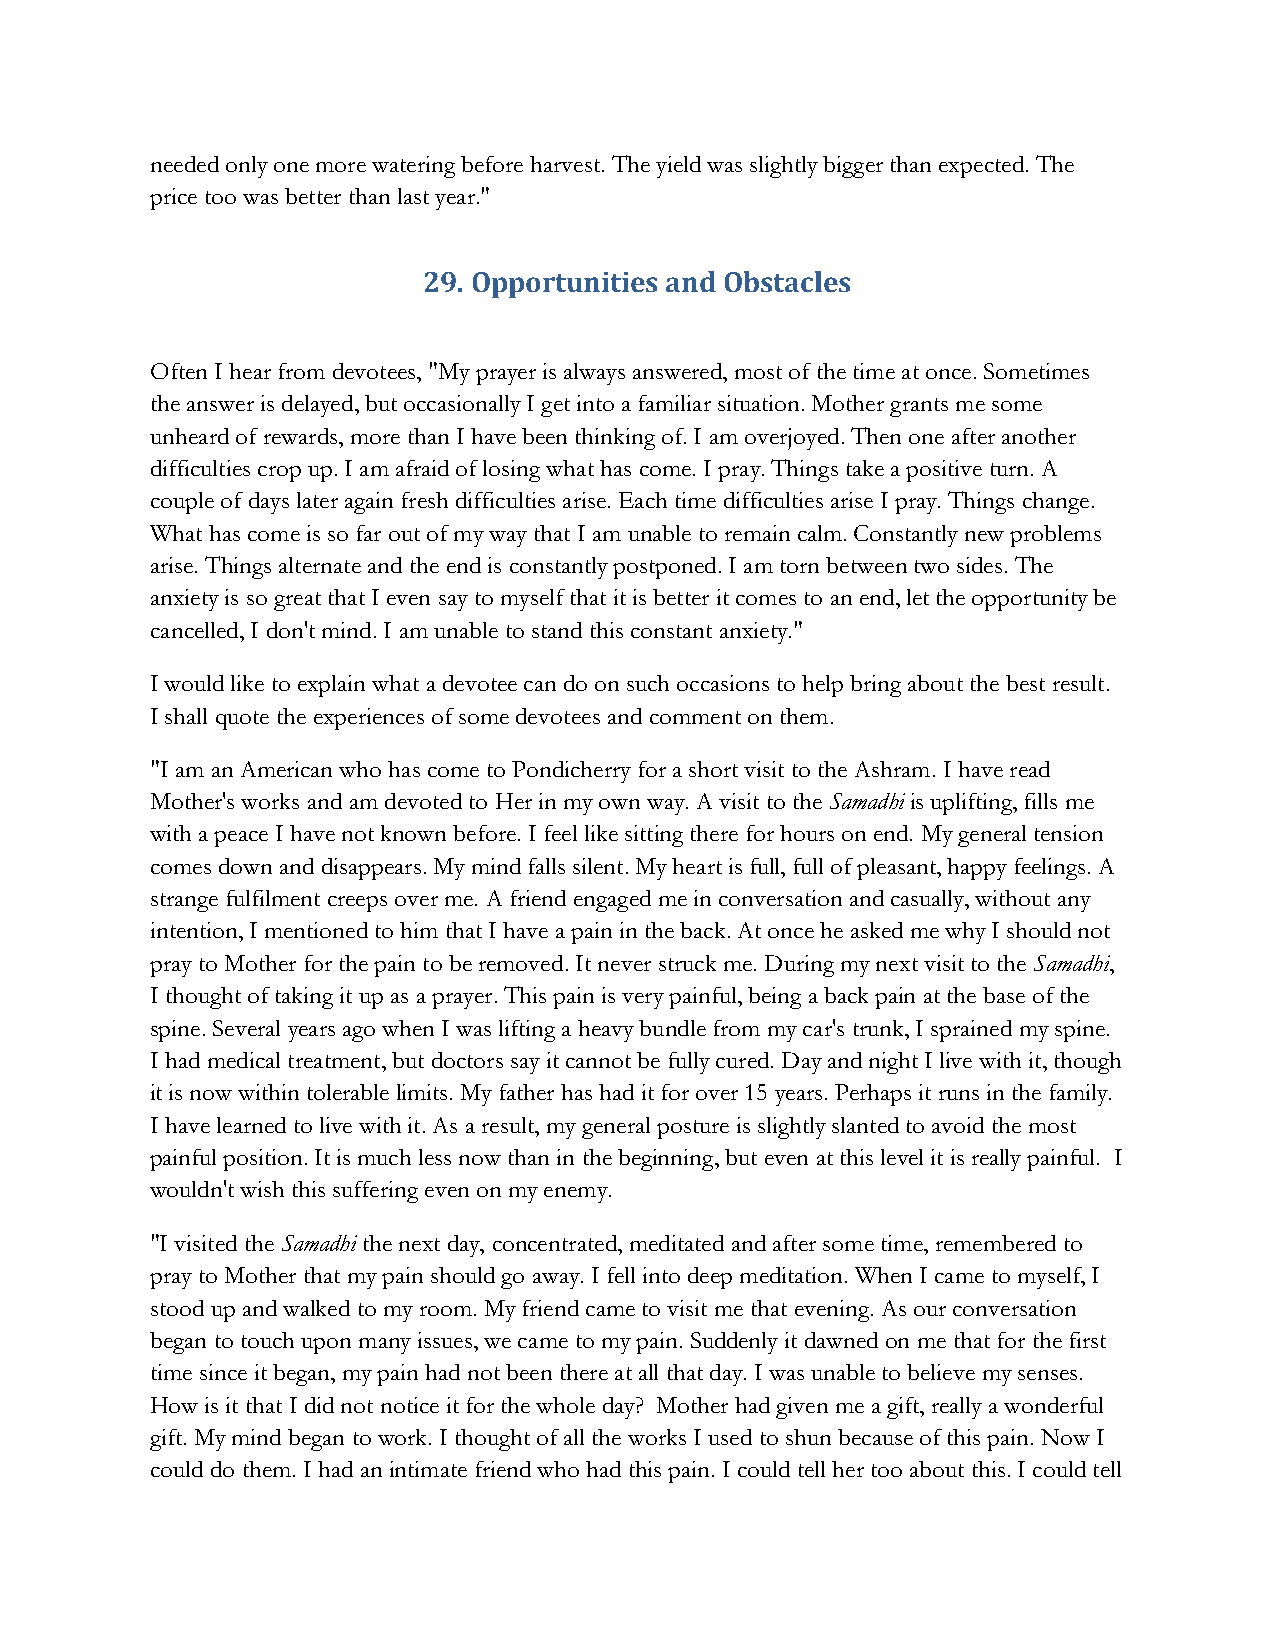
needed only one more watering before harvest. The yield was slightly bigger than expected. The
 price too was better than last year."
 29. Opportunities and Obstacles
 Often I hear from devotees, "My prayer is always answered, most of the time at once. Sometimes
 the answer is delayed, but occasionally I get into a familiar situation. Mother grants me some
 unheard of rewards, more than I have been thinking of. I am overjoyed. Then one after another
 difficulties crop up. I am afraid of losing what has come. I pray. Things take a positive turn. A
 couple of days later again fresh difficulties arise. Each time difficulties arise I pray. Things change.
 What has come is so far out of my way that I am unable to remain calm. Constantly new problems
 arise. Things alternate and the end is constantly postponed. I am torn between two sides. The
 anxiety is so great that I even say to myself that it is better it comes to an end, let the opportunity be
 cancelled, I don't mind. I am unable to stand this constant anxiety."
 I would like to explain what a devotee can do on such occasions to help bring about the best result.
 I shall quote the experiences of some devotees and comment on them.
 "I am an American who has come to Pondicherry for a short visit to the Ashram. I have read
 Mother's works and am devoted to Her in my own way. A visit to the Samadhi is uplifting, fills me
 with a peace I have not known before. I feel like sitting there for hours on end. My general tension
 comes down and disappears. My mind falls silent. My heart is full, full of pleasant, happy feelings. A
 strange fulfilment creeps over me. A friend engaged me in conversation and casually, without any
 intention, I mentioned to him that I have a pain in the back. At once he asked me why I should not
 pray to Mother for the pain to be removed. It never struck me. During my next visit to the Samadhi,
 I thought of taking it up as a prayer. This pain is very painful, being a back pain at the base of the
 spine. Several years ago when I was lifting a heavy bundle from my car's trunk, I sprained my spine.
 I had medical treatment, but doctors say it cannot be fully cured. Day and night I live with it, though
 it is now within tolerable limits. My father has had it for over 15 years. Perhaps it runs in the family.
 I have learned to live with it. As a result, my general posture is slightly slanted to avoid the most
 painful position. It is much less now than in the beginning, but even at this level it is really painful. I
 wouldn't wish this suffering even on my enemy.
 "I visited the Samadhi the next day, concentrated, meditated and after some time, remembered to
 pray to Mother that my pain should go away. I fell into deep meditation. When I came to myself, I
 stood up and walked to my room. My friend came to visit me that evening. As our conversation
 began to touch upon many issues, we came to my pain. Suddenly it dawned on me that for the first
 time since it began, my pain had not been there at all that day. I was unable to believe my senses.
 How is it that I did not notice it for the whole day? Mother had given me a gift, really a wonderful
 gift. My mind began to work. I thought of all the works I used to shun because of this pain. Now I
 could do them. I had an intimate friend who had this pain. I could tell her too about this. I could tell